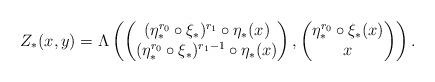
LaTeX: \begin{align*} Z_*(x,y) = \Lambda\left( \begin{pmatrix} (\eta_*^{r_0}\circ\xi_*)^{r_1}\circ\eta_*(x) \\ (\eta_*^{r_0}\circ\xi_*)^{r_1-1}\circ\eta_*(x) \end{pmatrix}, \begin{pmatrix} \eta_*^{r_0}\circ\xi_*(x) \\ x \end{pmatrix} \right). \end{align*}